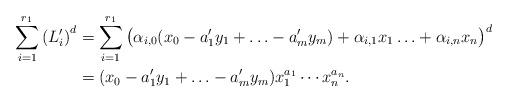
LaTeX: \begin{align*} \sum_{i=1}^{r_1} \left(L_i^\prime\right)^d & = \sum_{i=1}^{r_1} \big(\alpha_{i,0}(x_0-a'_1 y_1 +\ldots - a'_m y_m)+\alpha_{i,1}x_1\ldots+\alpha_{i,n}x_n\big)^d \\ & = (x_0-a'_1 y_1 +\ldots - a'_m y_m)x_1^{a_1}\cdots x_n^{a_n}. \end{align*}